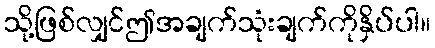
သို့ဖြစ်လျှင်ဤအချက်သုံးချက်ကိုနှိပ်ပါ။